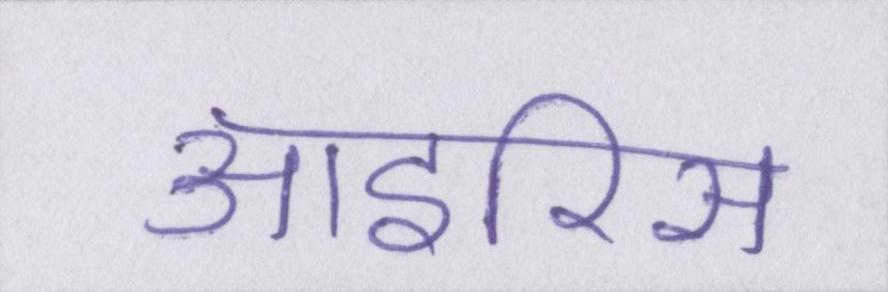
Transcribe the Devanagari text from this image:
आइरिस